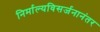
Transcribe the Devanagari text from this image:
निर्माल्यविसर्जनानंतर